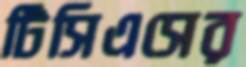
টিসিএসের